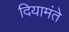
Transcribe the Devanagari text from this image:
दियामंते